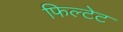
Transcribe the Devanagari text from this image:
फिल्टेट